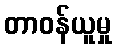
တာဝန်ယူမှု